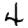
Digit: 4